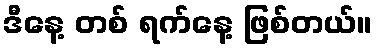
ဒီနေ့ တစ် ရက်နေ့ ဖြစ်တယ်။